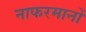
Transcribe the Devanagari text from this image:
नाफरमानों